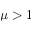
\mu > 1